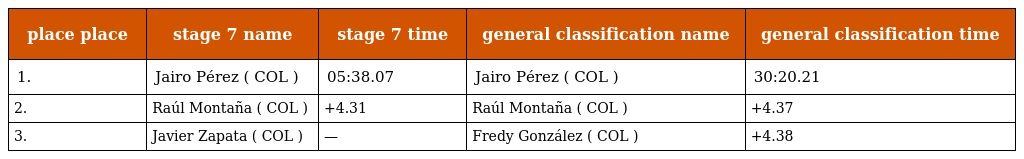
| place place | stage 7 name | stage 7 time | general classification name | general classification time |
 | --- | --- | --- | --- | --- |
 | 1. | Jairo Pérez ( COL ) | 05:38.07 | Jairo Pérez ( COL ) | 30:20.21 |
 | 2. | Raúl Montaña ( COL ) | +4.31 | Raúl Montaña ( COL ) | +4.37 |
 | 3. | Javier Zapata ( COL ) | — | Fredy González ( COL ) | +4.38 |